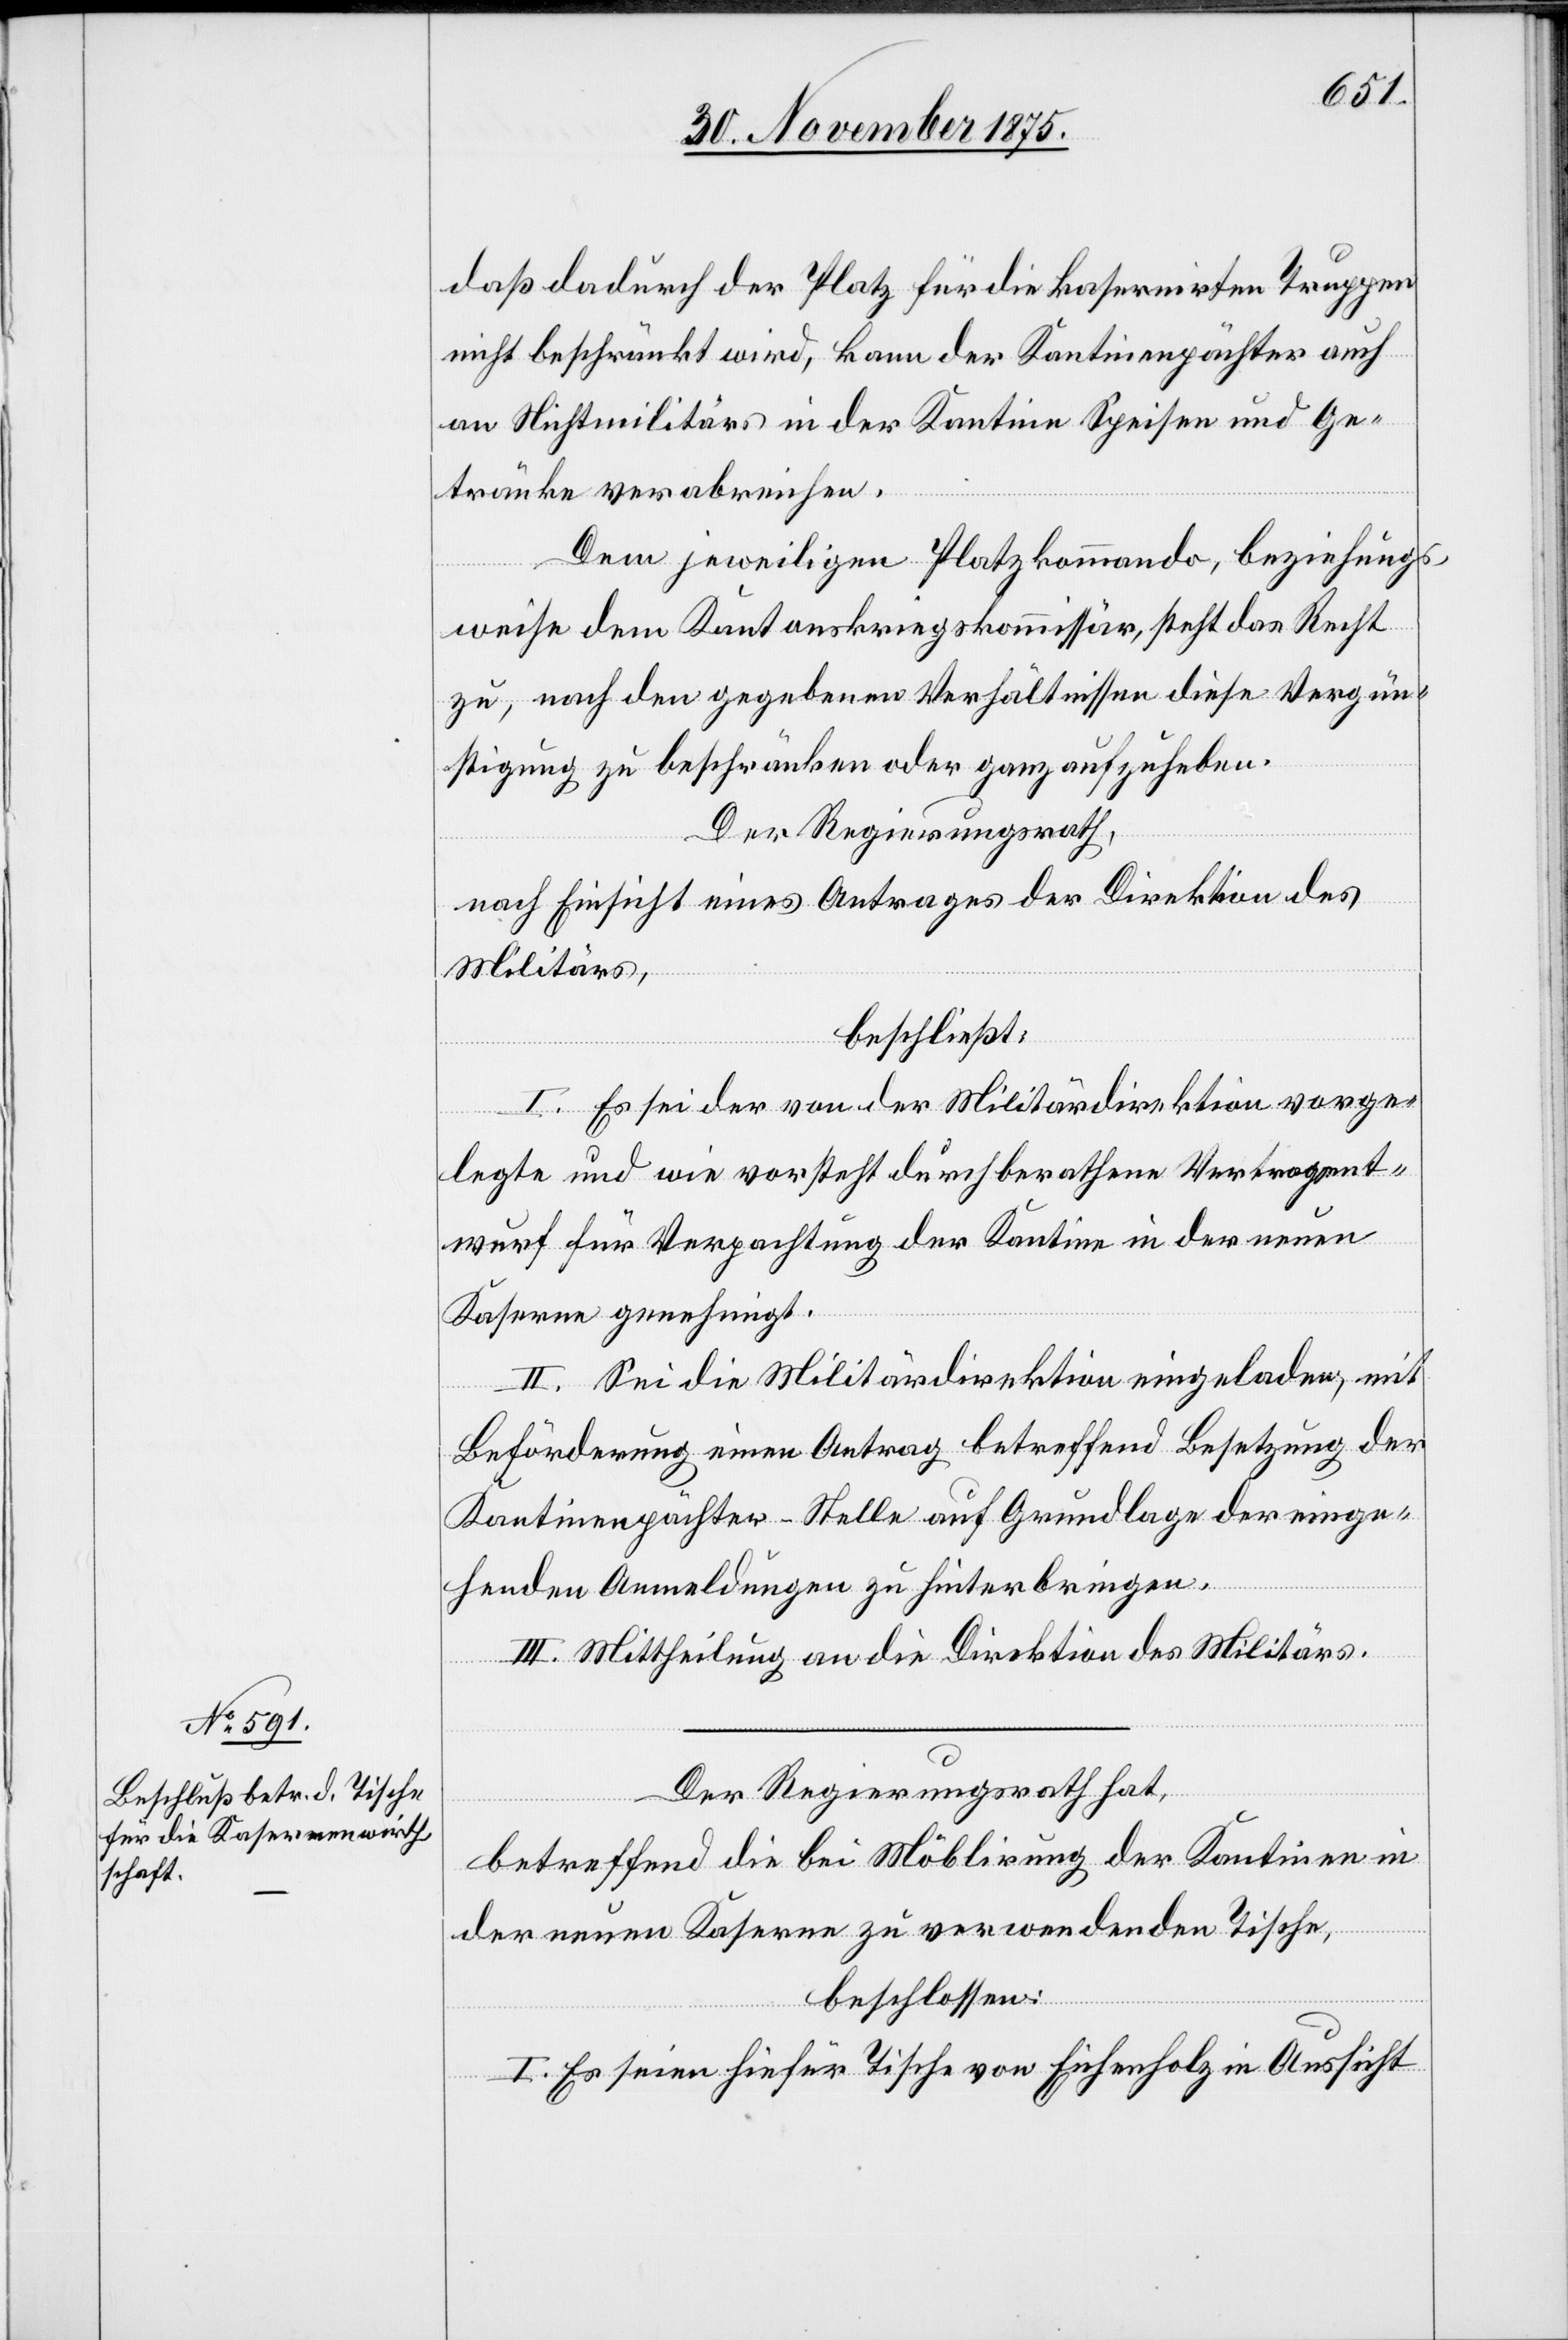
daß dadurch der Platz für die kasernirten Truppen
nicht beschränkt wird, kann der Kantinenpächter auch
an Nichtmilitärs in der Kantine Speisen und Ge¬
tränke verabreichen.
Dem jeweiligen Platzkommando, beziehungs¬
weise dem Kantonskriegskommissär, steht das Recht
zu, nach den gegebenen Verhältnissen diese Vergün¬
stigung zu beschränken oder ganz aufzuheben.
Der Regierungsrath,
nach Einsicht eines Antrages der Direktion des
Militärs,
beschließt:
I. Es sei der von der Militärdirektion vorge¬
legte und wie vorsteht durchberathene Vertragsent¬
wurf für Verpachtung der Kantine in der neuen
Kaserne genehmigt.
II. Sei die Militärdirektion eingeladen, mit
Beförderung einen Antrag betreffend Besetzung der
Kantinenpächter-Stelle auf Grundlage der einge¬
henden Anmeldungen zu hinterbringen.
III. Mittheilung an die Direktion des Militärs.
Der Regierungsrath hat,
betreffend die bei Möblirung der Kantinen in
der neuen Kaserne zu verwendenden Tische,
beschlossen:
I. Es seien hiefür Tische von Eichenholz in Aussicht